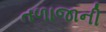
તળાજાની